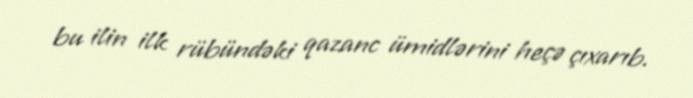
bu ilin ilk rübündəki qazanc ümidlərini heçə çıxarıb.